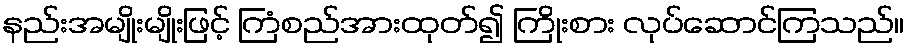
နည်းအမျိုးမျိုးဖြင့် ကြံစည်အားထုတ်၍ ကြိုးစား လုပ်ဆောင်ကြသည်။